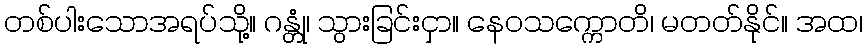
တစ်ပါးသောအရပ်သို့။ ဂန္တုံ၊ သွားခြင်းငှာ။ နေဝသက္ကောတိ၊ မတတ်နိုင်။ အထ၊